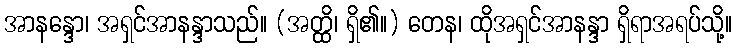
အာနန္ဒော၊ အရှင်အာနန္ဒာသည်။ (အတ္ထိ၊ ရှိ၏။) တေန၊ ထိုအရှင်အာနန္ဒာ ရှိရာအရပ်သို့။